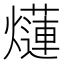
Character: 𤑞